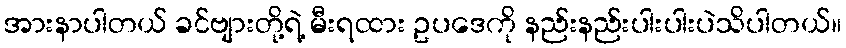
အားနာပါတယ် ခင်ဗျားတို့ရဲ့ မီးရထား ဥပဒေကို နည်းနည်းပါးပါးပဲသိပါတယ်။